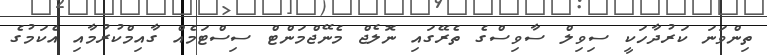
ތިންވަނަ ކަރުދާހަކީ ސިވިލް ސާވިސްގެ ތެރޭގައި ނޮލެޖް މެނޭޖްމަންޓް ސިސްޓަމެއް ގާއިމްކުރުމާއި އެކަމުގެ